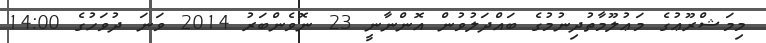
މިމަޝްރޫޢުގެ މަޢުލޫމާތުދިނުމުގެ ބައްދަލުވުން އޮންނާނީ 23 ނޮވެންބަރު 2014 ވަނަ ދުވަހުގެ 14:00